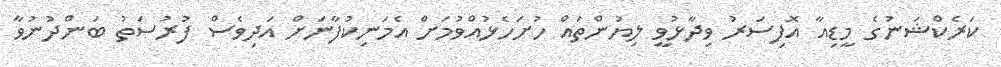
ކަރެކްޝަނުގެ މީޑިއާ އޮފިސަރު ވިދާޅުވީ ލިޔުންތައް ހުށަހެޅުއްވުމަށް އެމަނިކުފާނަށް އަދިވެސް ފުރުސަތު ބަންދުނުވާ